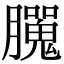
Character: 𦢮